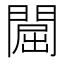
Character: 𨵡